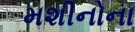
મશીનોના